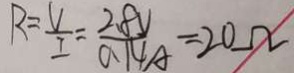
R = \frac { V } { I } = \frac { 2 . 8 V } { 0 . 1 4 A } = 2 0 \Omega